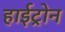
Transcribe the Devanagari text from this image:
हाईट्रोन